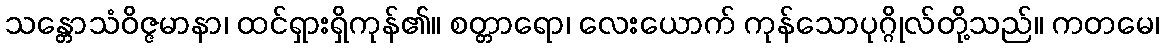
သန္တောသံဝိဇ္ဇမာနာ၊ ထင်ရှားရှိကုန်၏။ စတ္တာရော၊ လေးယောက် ကုန်သောပုဂ္ဂိုလ်တို့သည်။ ကတမေ၊